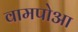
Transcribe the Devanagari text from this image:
वामपोआ